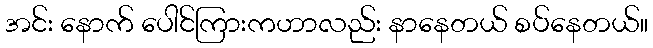
အင်း နောက် ပေါင်ကြားကဟာလည်း နာနေတယ် စပ်နေတယ်။